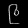
Digit: ၉